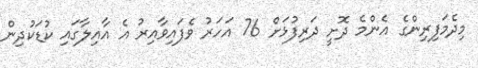
މިދެމަފިރިންގެ އެންމެ ދޮށީ ދަރިފުޅަށް 76 އަހަރު ވެފައިވާއިރު އެ އާއިލާގައި ކުޑަކުދިން